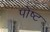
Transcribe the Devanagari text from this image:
पोष्ट